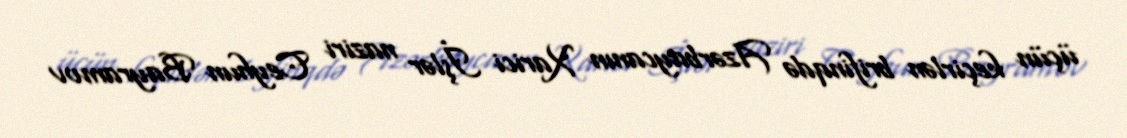
üçün keçirlən brifinqdə Azərbaycanın Xarici İşlər naziri Ceyhun Bayramov